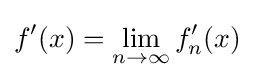
f'(x)=\lim _{n\to \infty }f'_{n}(x)